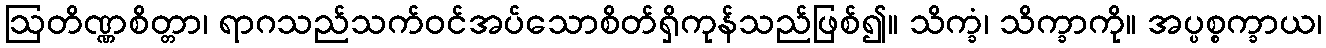
ဩတိဏ္ဏစိတ္တာ၊ ရာဂသည်သက်ဝင်အပ်သောစိတ်ရှိကုန်သည်ဖြစ်၍။ သိက္ခံ၊ သိက္ခာကို။ အပ္ပစ္စက္ခာယ၊